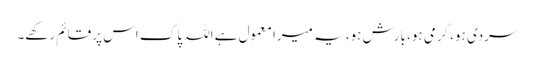
سردی ہو، گرمی ہو، بارش ہو، یہ میرا معمول ہے اللہ پاک اس پر قائم رکھے۔